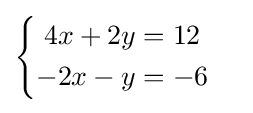
{\begin{cases}{\begin{aligned}4x+2y&=12\\-2x-y&=-6\end{aligned}}\end{cases}}